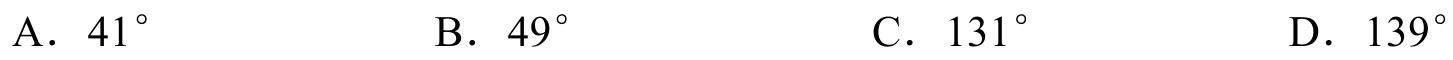
A．$41^{\circ}$  B．$49^{\circ}$  C．$131^{\circ}$  D．$139^{\circ}$